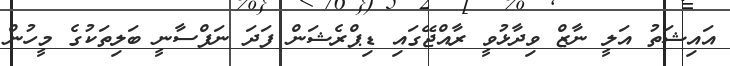
އައިޝަތު އަލީ ނާޒް ވިދާޅުވީ ރާއްޖޭގައި ޑިޕްރެޝަން ފަދަ ނަފްސާނީ ބަލިތަކުގެ މީހުން